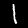
Digit: 1